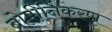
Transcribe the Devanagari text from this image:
ब्रोमीनिकरण